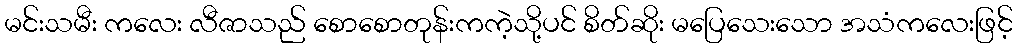
မင်းသမီး ကလေး လီဇာသည် စောစောတုန်းကကဲ့သို့ပင် စိတ်ဆိုး မပြေသေးသော အသံကလေးဖြင့်